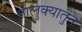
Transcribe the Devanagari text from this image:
तालुक्यातुन